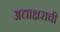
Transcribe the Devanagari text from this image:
अद्याक्षराची